Statistical return of the lunatic asylum in Assam - 1912-1932
Year: 1912
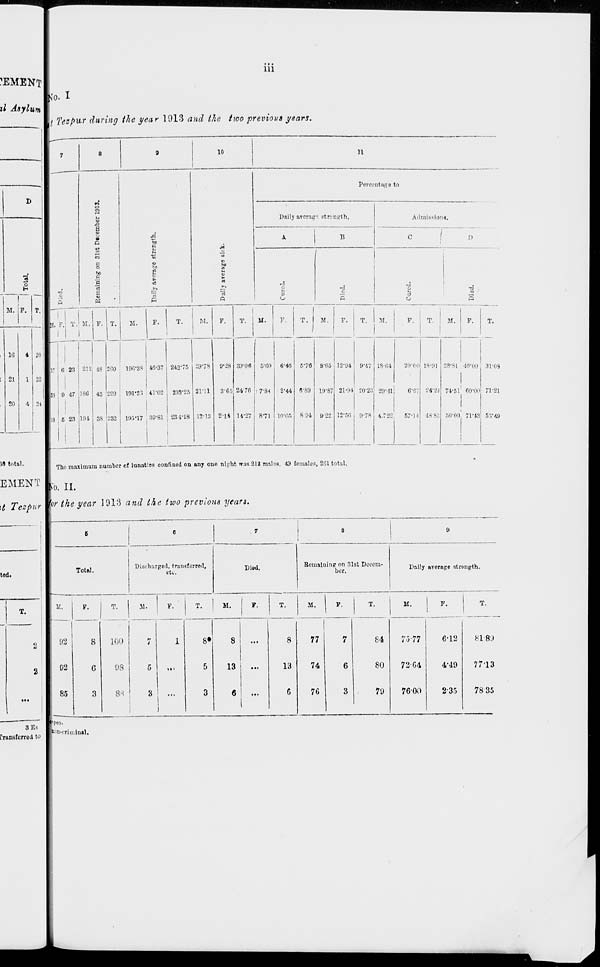
CEMENT
il Asylum
D
o
M. P.
1G
21
20
4
1
4
:»
22
u
iii
ffo. I
l Tezpur during the year 1913 and the two previous years.
10
n
S
c
o
til
(3
B
'3
S
ho
Percentage to
5
Daily ateracT strength,
B
O
Admissions.
D
i, r. TV M. F. T. M.
M.
F.
-
6 23
0 4,7
5 23
212, .13
•i;
191
!G0
43 ;229
38 '232
10G"38 40-37 242-75 i 29'7S
191*23 . 41-02 233-25
195*17 30-81 i 231-08
2V'.1
12-13
0-28
3'6;
2 14
F.
T.
M.
F.
T.
M.
F.
T.
M.
T.
39-06 5'00 ■ 0-40
24 70 i7-84
11-27 8-71
2-44
10-05
5-70
6-89
8 04
8T>5
10-87
9-22
12-04
21-04
12-50
9-47
20-23
9-78
18-04
29*00
20-41!
fi'07
4.722
57-M
13-01
24-21
48'SE
23-<L -Woo; 31-09
71-2]
74-51 1 60-00
r)0-00 ; 71-13 53-49
?9 total.
■ Th(J mas i mum number of lunatics confined on any one night was 21J malos, 49 femalos, 201 total.
EMENT |„ u _
t Tezpur \ r the year 1913 and the two previous yean.
ted.
Total.
Discharged, transferred,
etc.
Diod.
Bemaiuinp on 31st Decem-
ber.
Daily average strength.
T.
M.
M.
T.
100
7
1
8»
8
...
8
08
5
,.,
5
13
13
8-i
3
I ""
)
3
6
...
1
6
M. |
F.
77
74
76
if.
p.
84
80
7»
7-3-77
72- 04
76-00
6-12
4-49
235
n 8.)
7713
7835
3Es
Pronsfcrrod to
fpes.
i : m-criuiin»l.